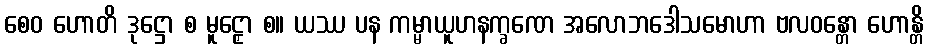
စေဝ ဟောတိ ဒုဋ္ဌော စ မူဠှော စ။ ယဿ ပန ကမ္မာယူဟနက္ခဏေ အလောဘဒေါသမောဟာ ဗလဝန္တော ဟောန္တိ